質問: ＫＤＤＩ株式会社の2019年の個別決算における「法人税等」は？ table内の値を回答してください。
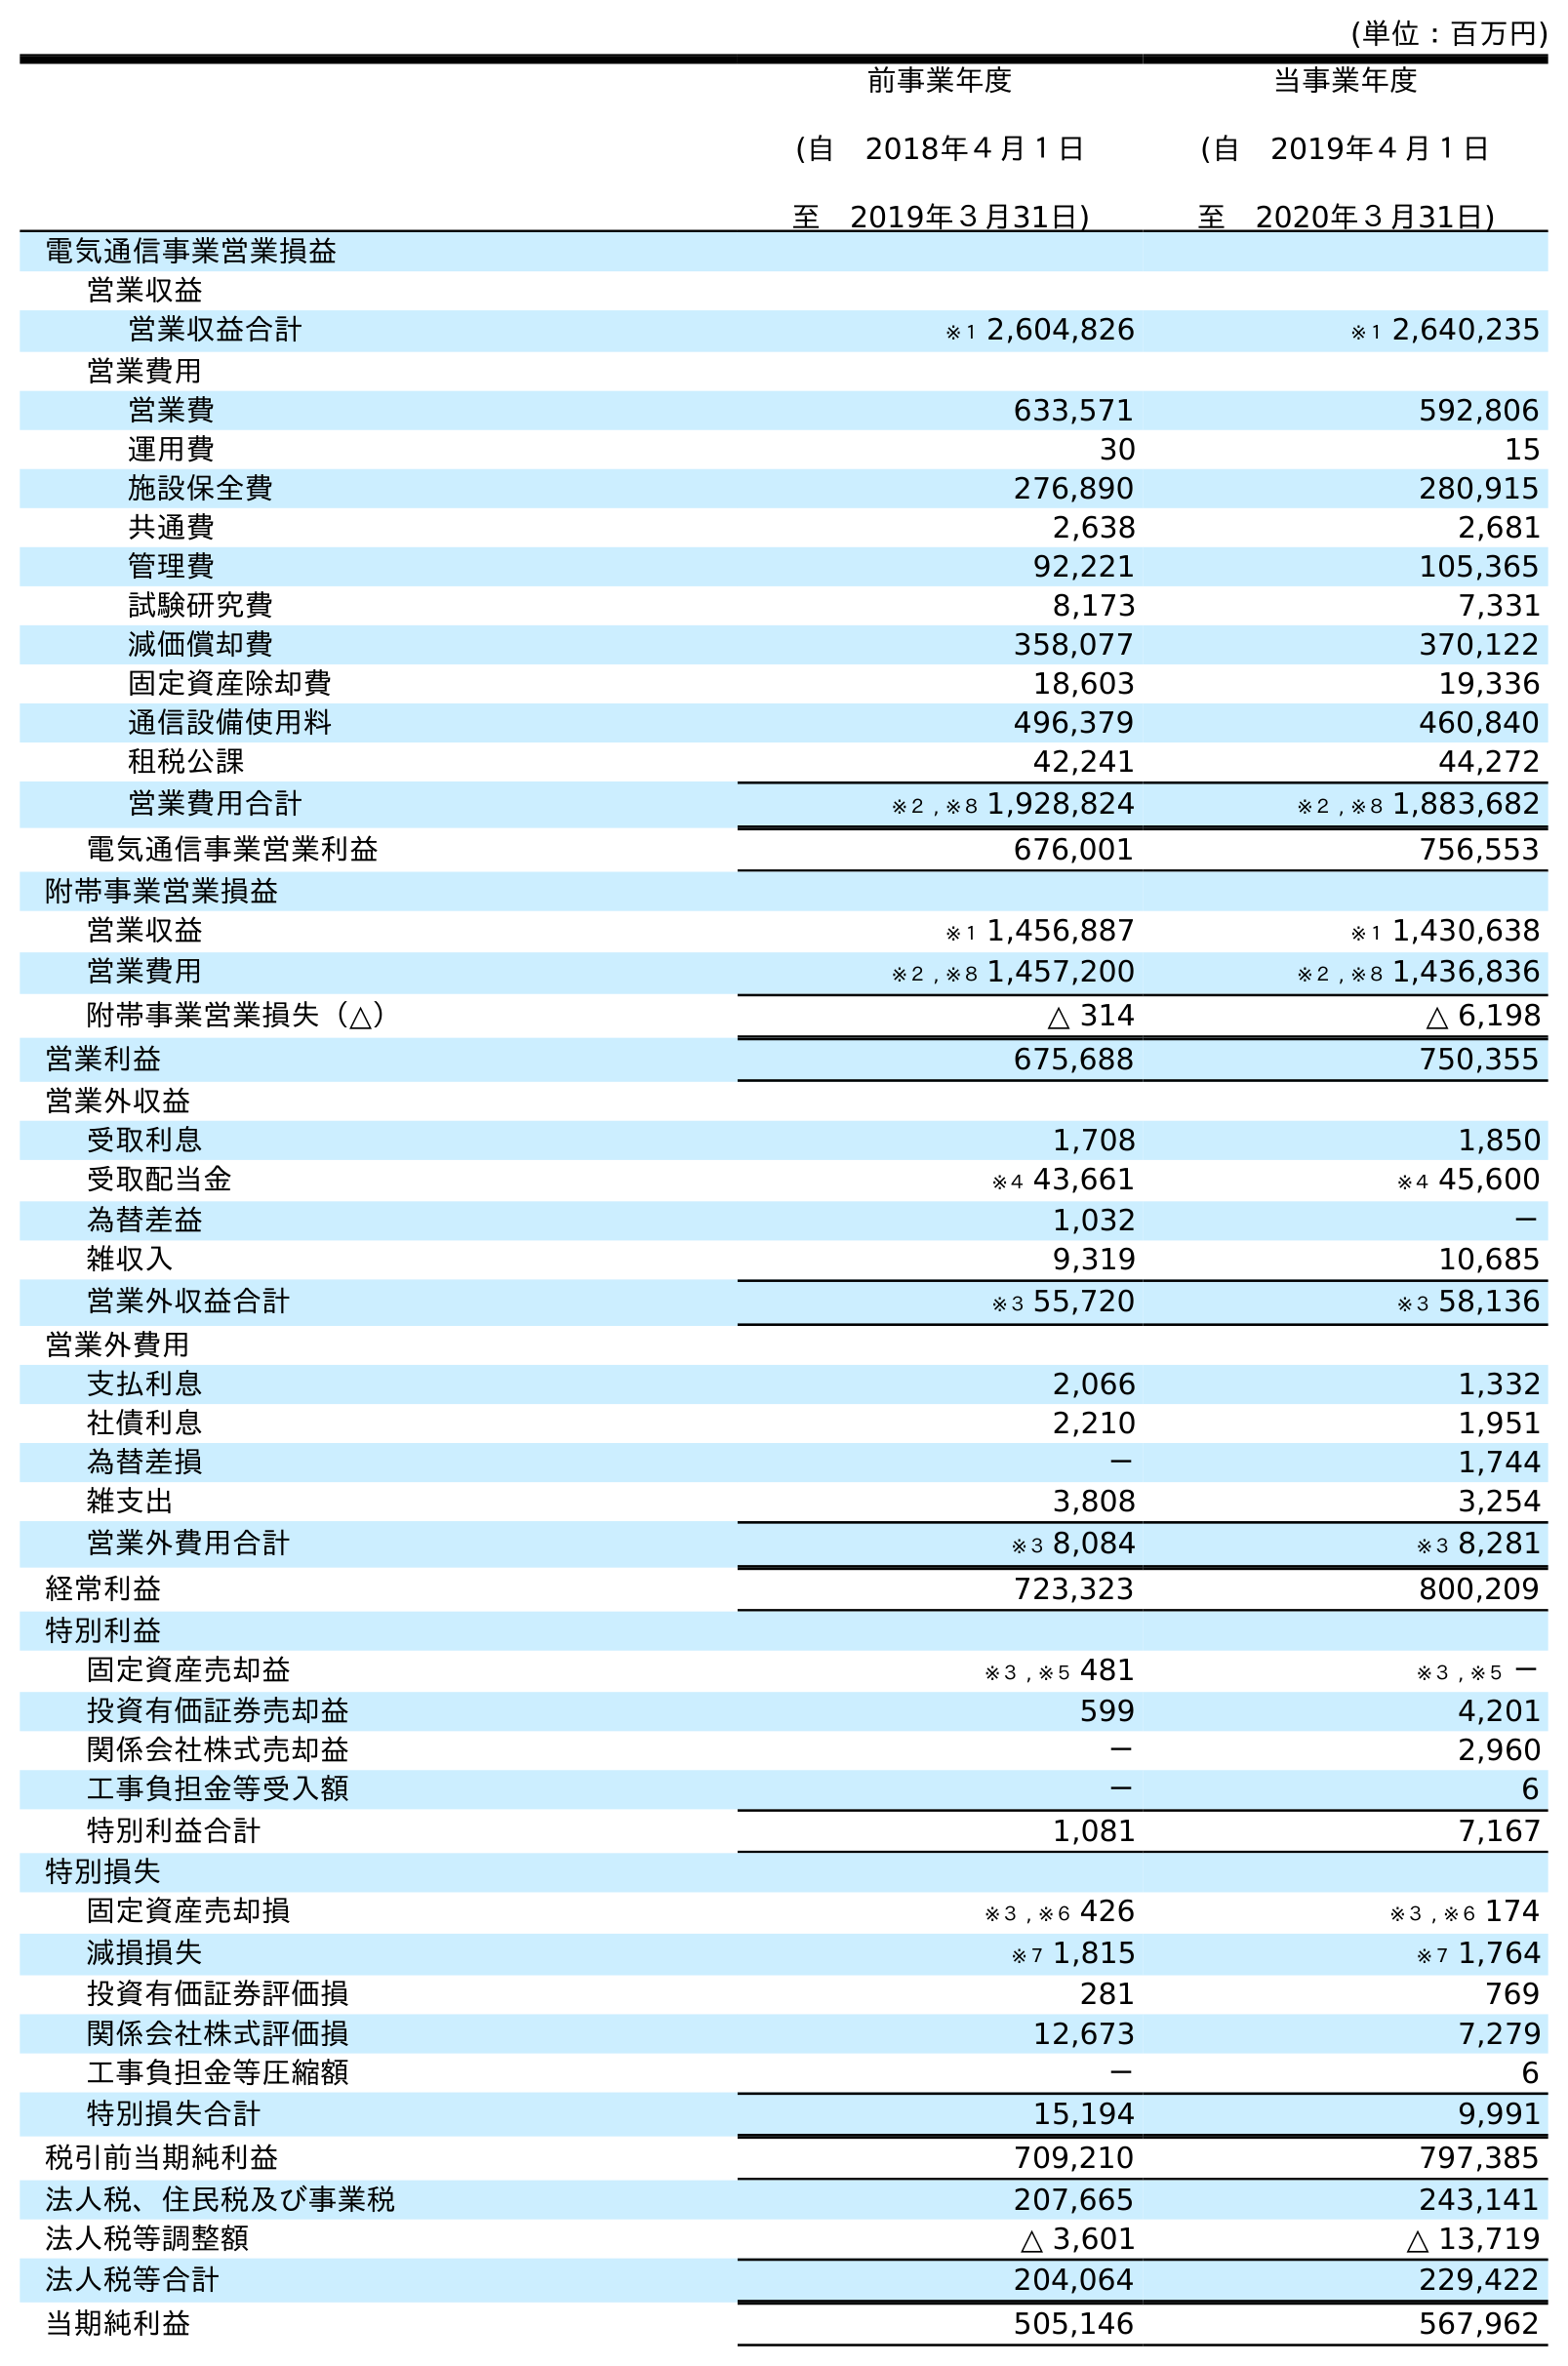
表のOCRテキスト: (単位：百万円) 前事業年度 (自 2018年４月１日 至 2019年３月31日) 当事業年度 (自 2019年４月１日 至 2020年３月31日) 電気通信事業営業損益 営業収益 営業収益合計 ※１ 2,604,826 ※１ 2,640,235 営業費用 営業費 633,571 592,806 運用費 30 15 施設保全費 276,890 280,915 共通費 2,638 2,681 管理費 92,221 105,365 試験研究費 8,173 7,331 減価償却費 358,077 370,122 固定資産除却費 18,603 19,336 通信設備使用料 496,379 460,840 租税公課 42,241 44,272 営業費用合計 ※２ , ※８ 1,928,824 ※２ , ※８ 1,883,682 電気通信事業営業利益 676,001 756,553 附帯事業営業損益 営業収益 ※１ 1,456,887 ※１ 1,430,638 営業費用 ※２ , ※８ 1,457,200 ※２ , ※８ 1,436,836 附帯事業営業損失（△） △ 314 △ 6,198 営業利益 675,688 750,355 営業外収益 受取利息 1,708 1,850 受取配当金 ※４ 43,661 ※４ 45,600 為替差益 1,032 － 雑収入 9,319 10,685 営業外収益合計 ※３ 55,720 ※３ 58,136 営業外費用 支払利息 2,066 1,332 社債利息 2,210 1,951 為替差損 － 1,744 雑支出 3,808 3,254 営業外費用合計 ※３ 8,084 ※３ 8,281 経常利益 723,323 800,209 特別利益 固定資産売却益 ※３ , ※５ 481 ※３ , ※５ － 投資有価証券売却益 599 4,201 関係会社株式売却益 － 2,960 工事負担金等受入額 － 6 特別利益合計 1,081 7,167 特別損失 固定資産売却損 ※３ , ※６ 426 ※３ , ※６ 174 減損損失 ※７ 1,815 ※７ 1,764 投資有価証券評価損 281 769 関係会社株式評価損 12,673 7,279 工事負担金等圧縮額 － 6 特別損失合計 15,194 9,991 税引前当期純利益 709,210 797,385 法人税、住民税及び事業税 207,665 243,141 法人税等調整額 △ 3,601 △ 13,719 法人税等合計 204,064 229,422 当期純利益 505,146 567,962
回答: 204,064